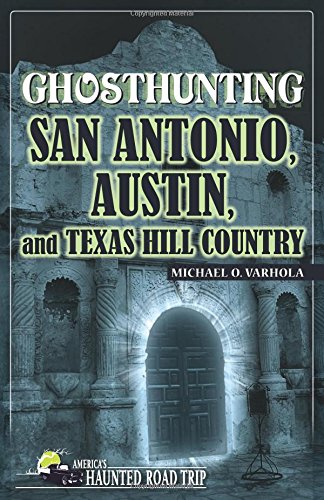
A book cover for Ghosthunting San Antonio, Austin, and Texas Hill Country (America's Haunted Road Trip); Michael Varhola; Travel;